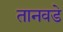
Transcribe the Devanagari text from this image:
तानवडे